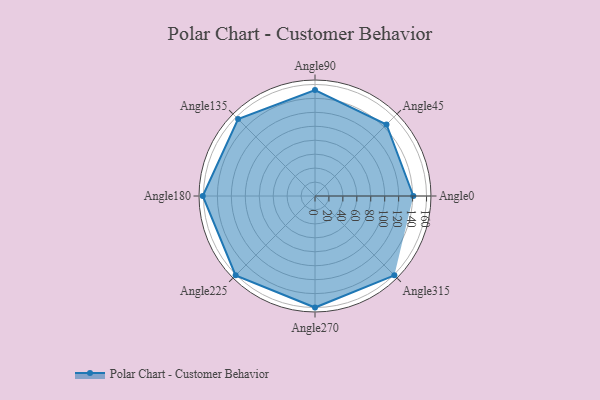
{"axis": {"x": "Angle", "y": "Radius"}, "legend": [""], "data": [{"x": "Angle0", "y": 141.0, "type": ""}, {"x": "Angle45", "y": 145.0, "type": ""}, {"x": "Angle90", "y": 152.0, "type": ""}, {"x": "Angle135", "y": 156.0, "type": ""}, {"x": "Angle180", "y": 161.0, "type": ""}, {"x": "Angle225", "y": 161.0, "type": ""}, {"x": "Angle270", "y": 160.0, "type": ""}, {"x": "Angle315", "y": 161.0, "type": ""}]}